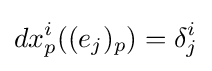
dx_{p}^{i}((e_{j})_{p})=\delta _{j}^{i}